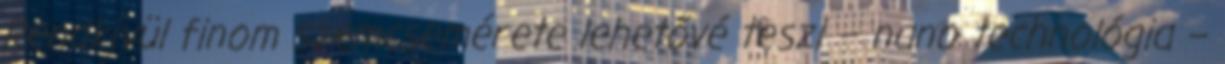
Rendkívül finom szemcsemérete lehetővé teszi – nano technológia –